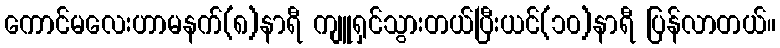
ကောင်မလေးဟာမနက်(၈)နာရီ ကျူရှင်သွားတယ်ပြီးယင်(၁၀)နာရီ ပြန်လာတယ်။